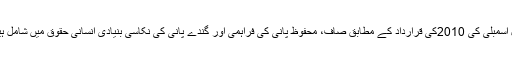
راشد علی اقوام متحدہ کی جنرل اسمبلی کی 2010کی قرارداد کے مطابق صاف، محفوظ پانی کی فراہمی اور گندے پانی کی نکاسی بنیادی انسانی حقوق میں شامل ہیں یہ انسانی زندگی کا جز ہے۔